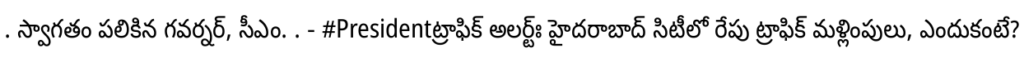
. స్వాగతం పలికిన గవర్నర్, సీఎం. . - #Presidentట్రాఫిక్ అలర్ట్ః హైదరాబాద్ సిటీలో రేపు ట్రాఫిక్ మళ్లింపులు, ఎందుకంటే?